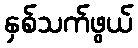
နှစ်သက်ဖွယ်